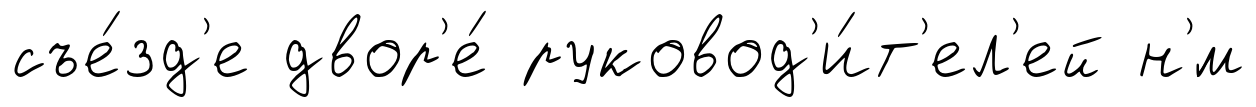
съе́зд'е двор'е́ руковод'и́т'ел'ей н'́м